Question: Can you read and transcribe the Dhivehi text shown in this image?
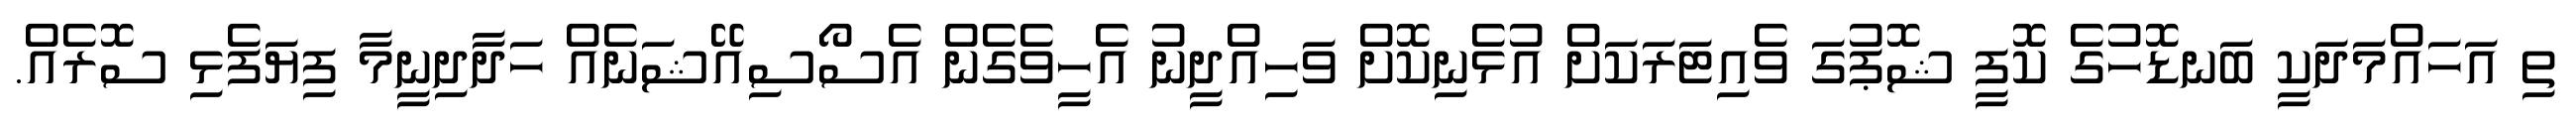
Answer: ތި އަހައްމަދަކީ ބަނޑޮހުގެ ކޮފީ ޝޮޕުގަ ވެއިޓަރަކަށް އުޅެނިކޮށް ވަހިއްދީނު އެހީވެގެން އެސޯސިއޭޝަނެއް ހަދާދިނީމާ ފިޔަފެޅި ސޮރެއް.